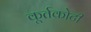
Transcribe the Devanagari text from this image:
कूर्तकोटी